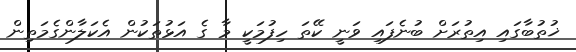
ޚުތުބާގައި އިތުރަށް ބުނެފައި ވަނީ ކޭތަ ހިފުމަކީ މާ ގެ އަޅުތަކުން އެކަލާންގެމަތިން